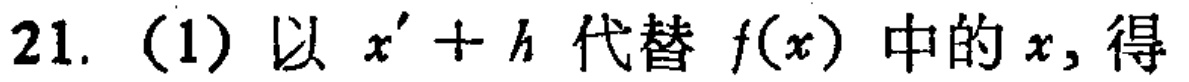
21. (1) 以 \(x'+h\) 代替 \(f(x)\) 中的 \(x\), 得